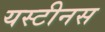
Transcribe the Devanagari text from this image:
यस्टीनस